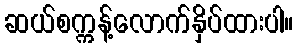
ဆယ်စက္ကန့်လောက်နှိပ်ထားပါ။